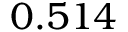
0 . 5 1 4